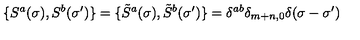
\{ S ^ { a } ( \sigma ) , S ^ { b } ( \sigma ^ { \prime } ) \} = \{ { \tilde { S } } ^ { a } ( \sigma ) , { \tilde { S } } ^ { b } ( \sigma ^ { \prime } ) \} = \delta ^ { a b } \delta _ { m + n , 0 } \delta ( \sigma - \sigma ^ { \prime } )